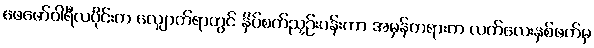
ဖေဖော်ဝါရီလပိုင်းက လျှောက်ရာတွင် နှိပ်စက်ညှဉ်းပန်းကာ အမှန်တရားက လက်လေးနှစ်ဖက်မှ